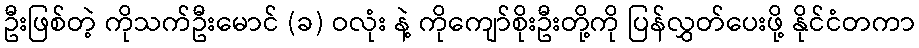
ဦးဖြစ်တဲ့ ကိုသက်ဦးမောင် (ခ) ဝလုံး နဲ့ ကိုကျော်စိုးဦးတို့ကို ပြန်လွှတ်ပေးဖို့ နိုင်ငံတကာ